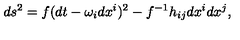
d s ^ { 2 } = f ( d t - \omega _ { i } d x ^ { i } ) ^ { 2 } - f ^ { - 1 } h _ { i j } d x ^ { i } d x ^ { j } ,